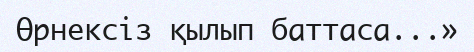
Өрнексіз қылып баттаса...»